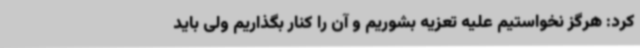
کرد: هرگز نخواستیم علیه تعزیه بشوریم و آن را کنار بگذاریم ولی باید